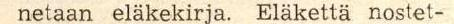
netaan eläkekirja. Eläkettä noste-